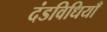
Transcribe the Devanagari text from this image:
दंडविधियाँ